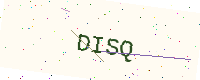
Text: DISQ